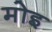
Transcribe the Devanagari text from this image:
मोइ